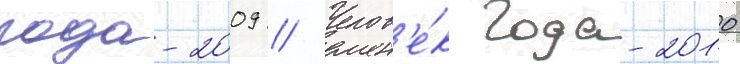
года-2009 // Челов'е́к года-2010